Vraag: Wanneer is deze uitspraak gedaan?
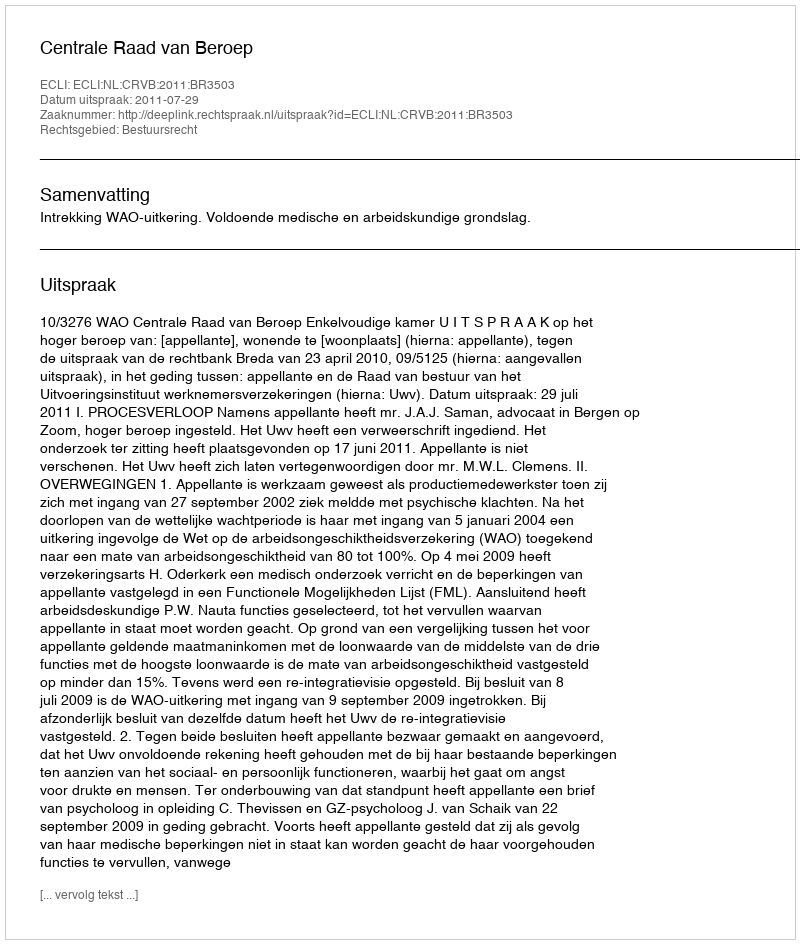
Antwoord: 2011-07-29